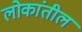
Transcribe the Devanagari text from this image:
लोकांतील